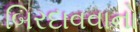
બિરદાવવાનો